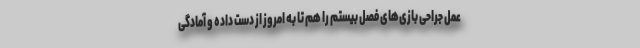
عمل جراحی بازی‌های فصل بیستم را هم تا به امروز از دست‌ داده و آمادگی